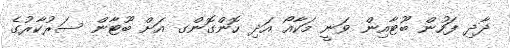
ދާދި ފަހުން ބޫޓާއިން ވަނީ މަކާއޯ އަދި ހޮންގޮންގ އަށް ބޫޓާން ސަރުކާރުގެ